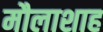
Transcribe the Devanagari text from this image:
मौलाशाह